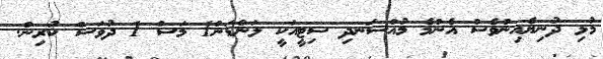
މުޅި ދުނިޔެއިންވެސް އެންމެ މުއްސަނދި ސިޓީއަކީ ލަންޑަން1 މަސް 1 ދުވަސް ކުރިން.